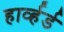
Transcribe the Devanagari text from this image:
हार्व्हर्ड